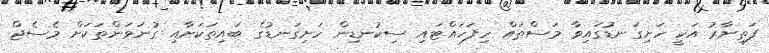
ފަތިނާރު އަކީ ހަށިގަނޑުގައިވާ މަސްތައް ހިފަހައްޓައި ސިކުނޑިން ހަށިގަނޑުގެ ބައިތަކަށާއި ގުނަވަންތަކަށް މެސެޖް